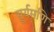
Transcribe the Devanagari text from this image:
सूर्यमणि